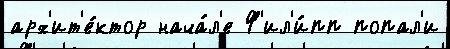
арх'ит'е́ктор нача́л'е Ф'ил'и́пп попал'и